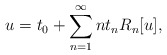
\begin{align*}u = t_{0} + \sum_{n=1}^{\infty} n t_{n} R_{n}[u], \end{align*}